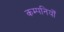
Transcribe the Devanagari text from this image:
कम्पनियोँ